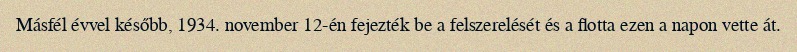
Másfél évvel később, 1934. november 12-én fejezték be a felszerelését és a flotta ezen a napon vette át.